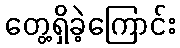
တွေ့ရှိခဲ့ကြောင်း